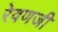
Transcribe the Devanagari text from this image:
रेवणजी